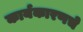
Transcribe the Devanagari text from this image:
कार्यकारणचे